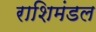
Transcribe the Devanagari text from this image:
राशिमंडल